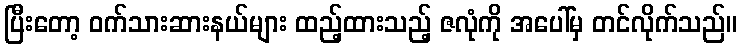
ပြီးတော့ ဝက်သားဆားနယ်များ ထည့်ထားသည့် ဇလုံကို အပေါ်မှ တင်လိုက်သည်။